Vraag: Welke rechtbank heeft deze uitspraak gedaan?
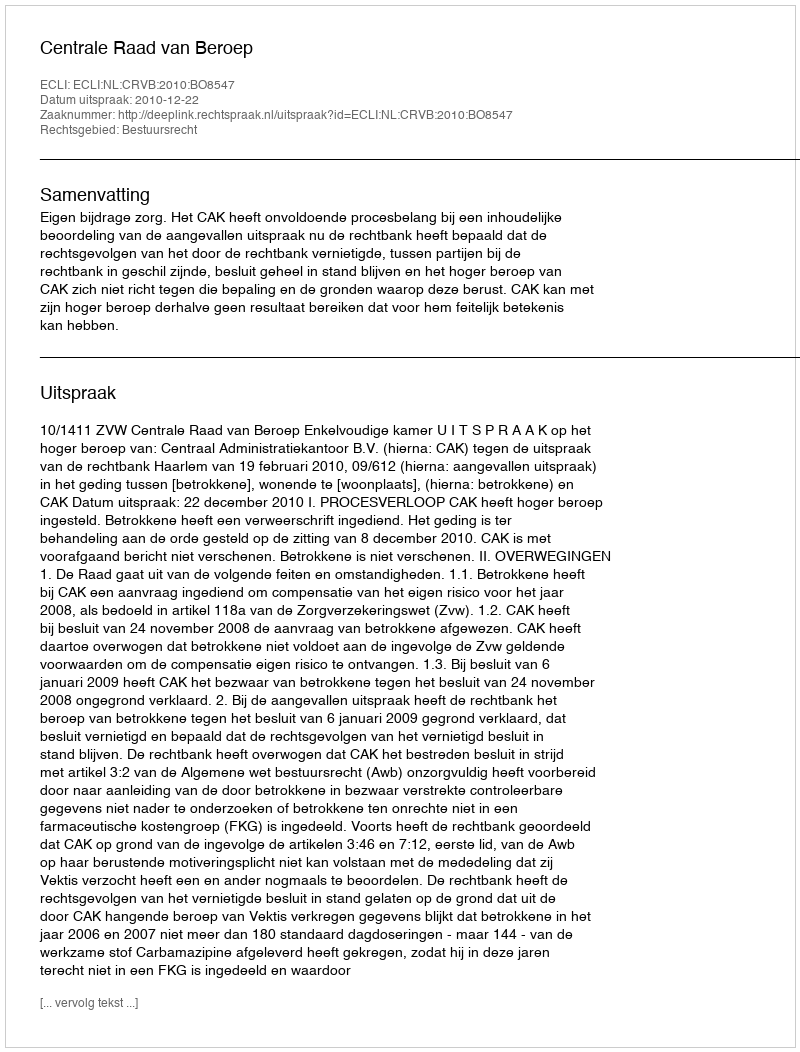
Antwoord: Centrale Raad van Beroep